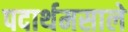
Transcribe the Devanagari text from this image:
पदार्थमसाले